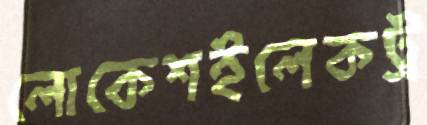
লোকেশইলেকট্র